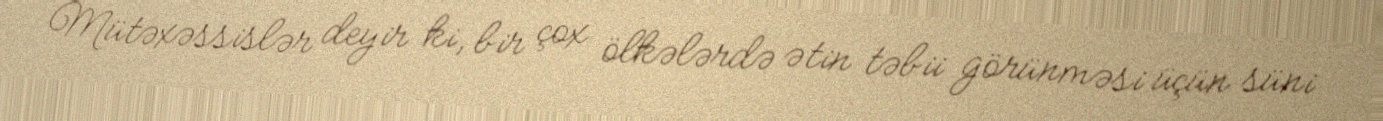
Mütəxəssislər deyir ki, bir çox ölkələrdə ətin təbii görünməsi üçün süni